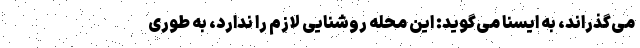
می‌گذراند، به ایسنا می‌گوید: این محله روشنایی لازم را ندارد، به طوری